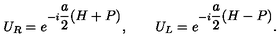
U _ { R } = e ^ { - i \displaystyle \frac { a } { 2 } ( H + P ) } , \qquad U _ { L } = e ^ { - i \displaystyle \frac { a } { 2 } ( H - P ) } .